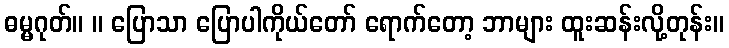
ဓမ္မဂုတ်။ ။ ပြောသာ ပြောပါကိုယ်တော် ရောက်တော့ ဘာများ ထူးဆန်းလို့တုန်း။